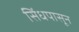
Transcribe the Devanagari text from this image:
सिंधपासून